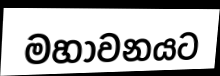
මහාවනයට